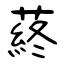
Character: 蔠